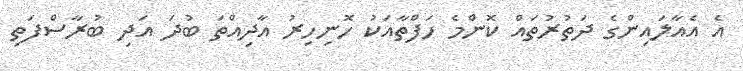
އެ އެއާލައިންގެ ދަތުރުތައް ކޮންމެ ހަފްތާއަކު ހޮނިހިރު އާދިއްތަ ބުދަ އަދި ބުރާސްފަތި